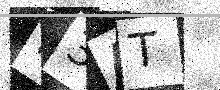
Text: H3AT